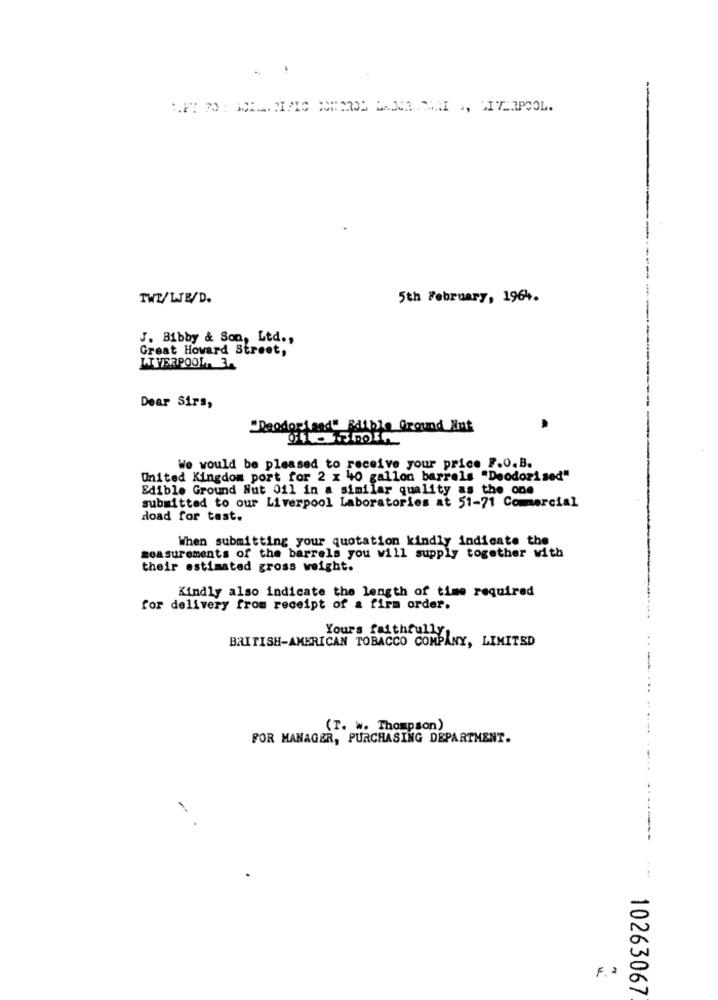
TWE/LJE/D.
5th February, 1964.
J. Bibby & Son, Ltd .,
Great Howard Street,
LIVERPOOL. 3.
Dear Sirs,
"Reodorland" Fillble Ground Nut
We would be pleased to receive your price F.O.B.
United Kingdom port for 2 x 40 gallon barrels "Deodorised"
Edible Ground Nut Oil in a similar quality as the one
submitted to our Liverpool Laboratories at 51-71 Commercial
doad for tast.
When submitting your quotation kindly indicate the
measurements of the barrels you will supply together with
their estimated gross weight.
Kindly also indicate the length of time required
for delivery from receipt of & firm order.
Yours faithfully
BRITISH-AMERICAN TOBACCO COMPANY, LIMITED
(T. W. Thompson)
FOR MANAGER, PURCHASING DEPARTMENT.
10263067